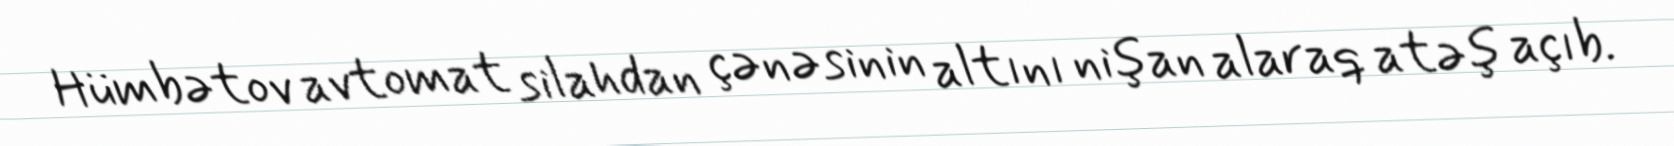
Hümbətov avtomat silahdan çənəsinin altını nişan alaraq atəş açıb.